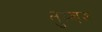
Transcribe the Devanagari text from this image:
तुम्बरू